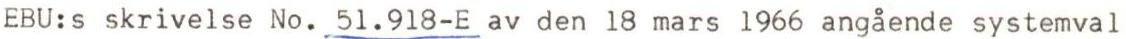
EBU:s skrivelse No. 51.918-E av den 18 mars 1966 angående systemval